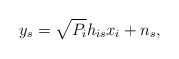
\begin{align*}{y_s} = \sqrt {P_i} {h_{is}}{x_i} + {n_s},\end{align*}